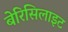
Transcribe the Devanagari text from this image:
बेरिसिलाइट